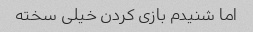
اما شنیدم بازی کردن خیلی سخته